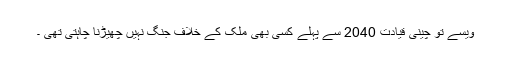
ویسے تو چینی قیادت 2040 سے پہلے کسی بھی ملک کے خلاف جنگ نہیں چھیڑنا چاہتی تھی ۔